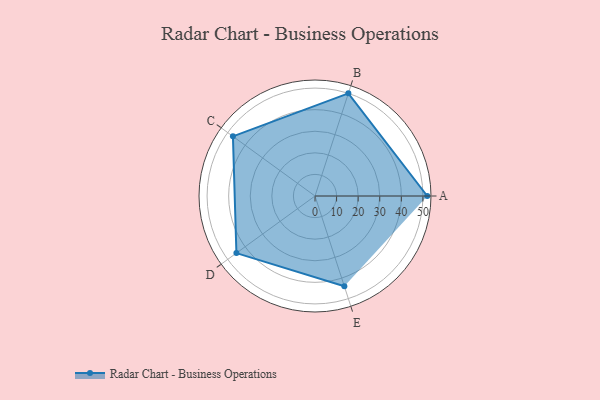
{"axis": {"x": "Skill", "y": "Score"}, "legend": ["Profile"], "data": [{"x": "A", "y": 52.0, "type": "Profile"}, {"x": "B", "y": 50.0, "type": "Profile"}, {"x": "C", "y": 47.0, "type": "Profile"}, {"x": "D", "y": 45.0, "type": "Profile"}, {"x": "E", "y": 44.0, "type": "Profile"}]}